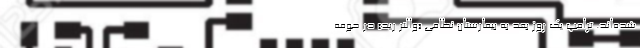
شده‌اند. ترامپ یک روز بعد به بیمارستان نظامی «والتر رید» در حومه